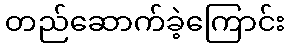
တည်ဆောက်ခဲ့ကြောင်း